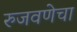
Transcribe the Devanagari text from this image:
रुजवणेचा